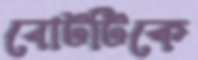
বোটটিকে